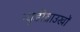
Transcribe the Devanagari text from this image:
न्यूडीब्राउखों